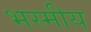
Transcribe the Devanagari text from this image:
भस्मीय